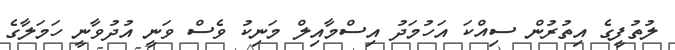
ލުތުފީގެ އިތުރުން ސިއްކަ އަހުމަދު އިސްމާއިލް މަނިކު ވެސް ވަނީ އުދުވާނީ ހަމަލާގެ